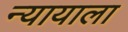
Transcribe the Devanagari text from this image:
न्यायाला